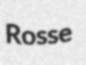
Rosse